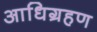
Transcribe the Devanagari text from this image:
आधिग्रहण